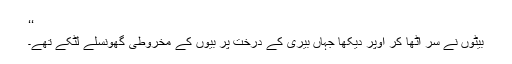
‘‘
بیٹوں نے سر اُٹھا کر اوپر دیکھا جہاں بیری کے درخت پر بیّوں کے مخروطی گھونسلے لٹکے تھے۔